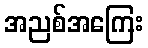
အညစ်အကြေး